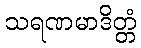
သရဏမာဒိတ္တံ